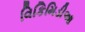
વિકિમિડીઆ